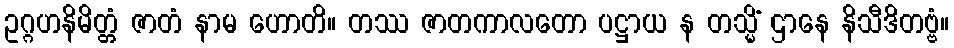
ဥဂ္ဂဟနိမိတ္တံ ဇာတံ နာမ ဟောတိ။ တဿ ဇာတကာလတော ပဋ္ဌာယ န တသ္မိံ ဌာနေ နိသီဒိတဗ္ဗံ။